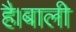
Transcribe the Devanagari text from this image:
है।बाली